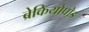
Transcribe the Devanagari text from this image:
ब्रेकियोपोड